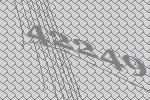
42249